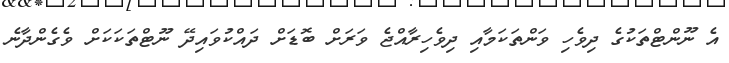
އެ ނޫންޓްތަކުގެ ދިވެހި ވަންތަކަމާއި ދިވެހިރާއްޖެ ވަރަށް ބޮޑަށް ދައްކުވައިދޭ ނޫޓްތަކަކަށް ވެގެންދާނެ